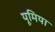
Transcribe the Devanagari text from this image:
यूमिया